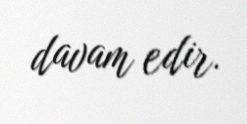
davam edir.